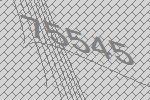
75545